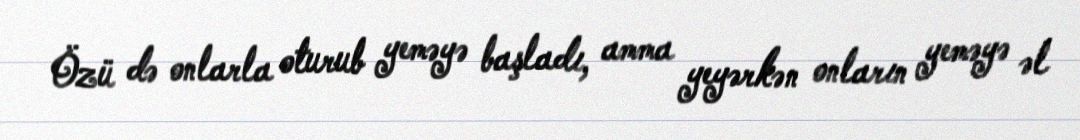
Özü də onlarla oturub yeməyə başladı, amma yeyərkən onların yeməyə əl